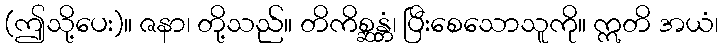
(ဤသို့ပေး)။ ဇနာ၊ တို့သည်။ တိကိစ္ဆန္တံ၊ ပြီးစေသောသူကို။ ဣတိ အယံ၊